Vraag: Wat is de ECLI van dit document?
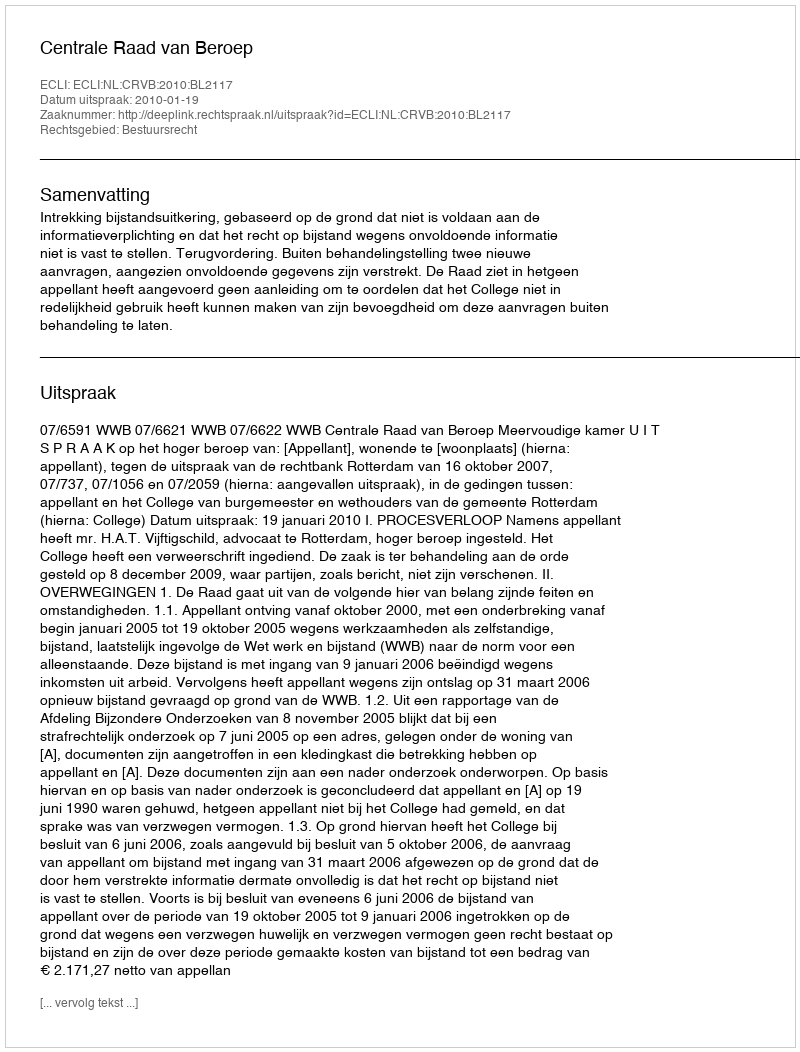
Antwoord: ECLI:NL:CRVB:2010:BL2117